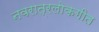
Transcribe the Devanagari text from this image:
नवरात्रलोकगीत